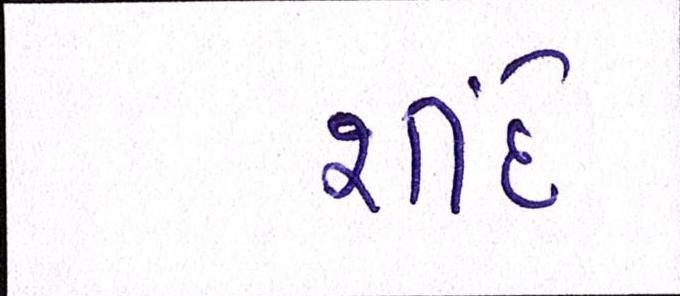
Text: શીંદે